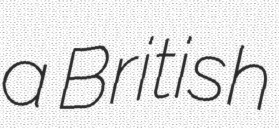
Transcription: a British